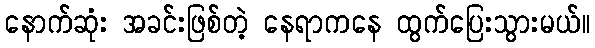
နောက်ဆုံး အခင်းဖြစ်တဲ့ နေရာကနေ ထွက်ပြေးသွားမယ်။